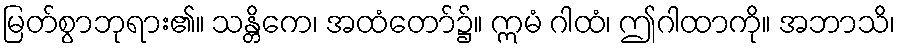
မြတ်စွာဘုရား၏။ သန္တိကေ၊ အထံတော်၌။ ဣမံ ဂါထံ၊ ဤဂါထာကို။ အဘာသိ၊